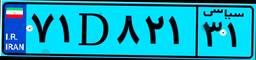
۷۱D۸۲۱۳۱